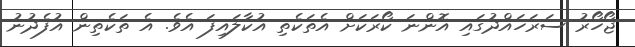
ޖޯހޯރު ސަރަހައްދުގައި އޮންނަ ކޯރަކަށް އެތަކެތި އުކާލައިފަ އެވެ. އެ ތަކެތިން އުފެދުނު